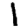
Digit: 1